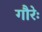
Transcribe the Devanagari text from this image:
गौरेः